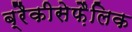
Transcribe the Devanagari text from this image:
ब्रैकीसेफ़ैलिक